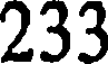
233